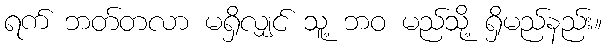
ရက် ဘတ်တလာ မရှိလျှင် သူ့ ဘဝ မည်သို့ ရှိမည်နည်း။